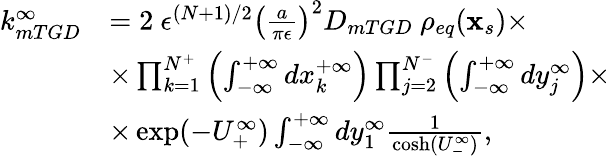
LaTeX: \begin{array}{rl}{k_{mTGD}^{\infty}}&{=2\ \epsilon^{(N+1)/2}\left(\frac{a}{\pi\epsilon}\right)^{2}D_{mTGD}\ \rho_{eq}(\mathbf{x}_{s})\times}\\ &{\times\prod_{k=1}^{N^{+}}\left(\int_{-\infty}^{+\infty}dx_{k}^{+\infty}\right)\prod_{j=2}^{N^{-}}\left(\int_{-\infty}^{+\infty}dy_{j}^{\infty}\right)\times}\\ &{\times\exp(-U_{+}^{\infty})\int_{-\infty}^{+\infty}dy_{1}^{\infty}\frac{1}{\cosh(U_{-}^{\infty})},}\end{array}